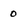
Character: 0